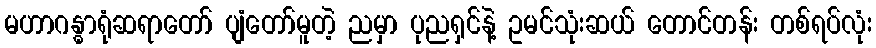
မဟာဂန္ဓာရုံဆရာတော် ပျံတော်မူတဲ့ ညမှာ ပုညရှင်နဲ့ ဥမင်သုံးဆယ် တောင်တန်း တစ်ရပ်လုံး